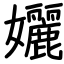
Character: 孋